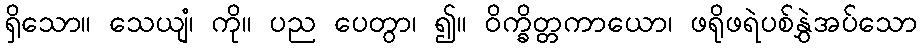
ရှိသော။ သေယျံ၊ ကို။ ပည ပေတွာ၊ ၍။ ဝိက္ခိတ္တကာယော၊ ဖရိုဖရဲပစ်နွှဲအပ်သော